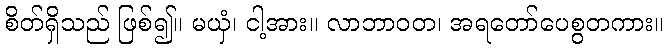
စိတ်ရှိသည် ဖြစ်၍။ မယှံ၊ ငါ့အား။ လာဘာဝတ၊ အရတော်ပေစွတကား။